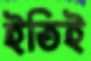
ইতিই